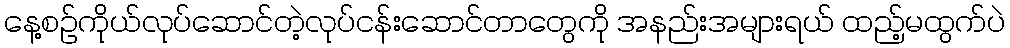
နေ့စဉ်ကိုယ်လုပ်ဆောင်တဲ့လုပ်ငန်းဆောင်တာတွေကို အနည်းအများရယ် ထည့်မထွက်ပဲ